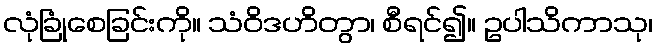
လုံခြုံစေခြင်းကို။ သံဝိဒဟိတွာ၊ စီရင်၍။ ဥပါသိကာသု၊